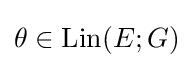
\theta \in \mathrm {Lin} (E;G)